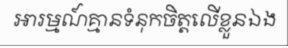
អារម្មណ៍គ្មានទំនុកចិត្តលើខ្លួនឯង